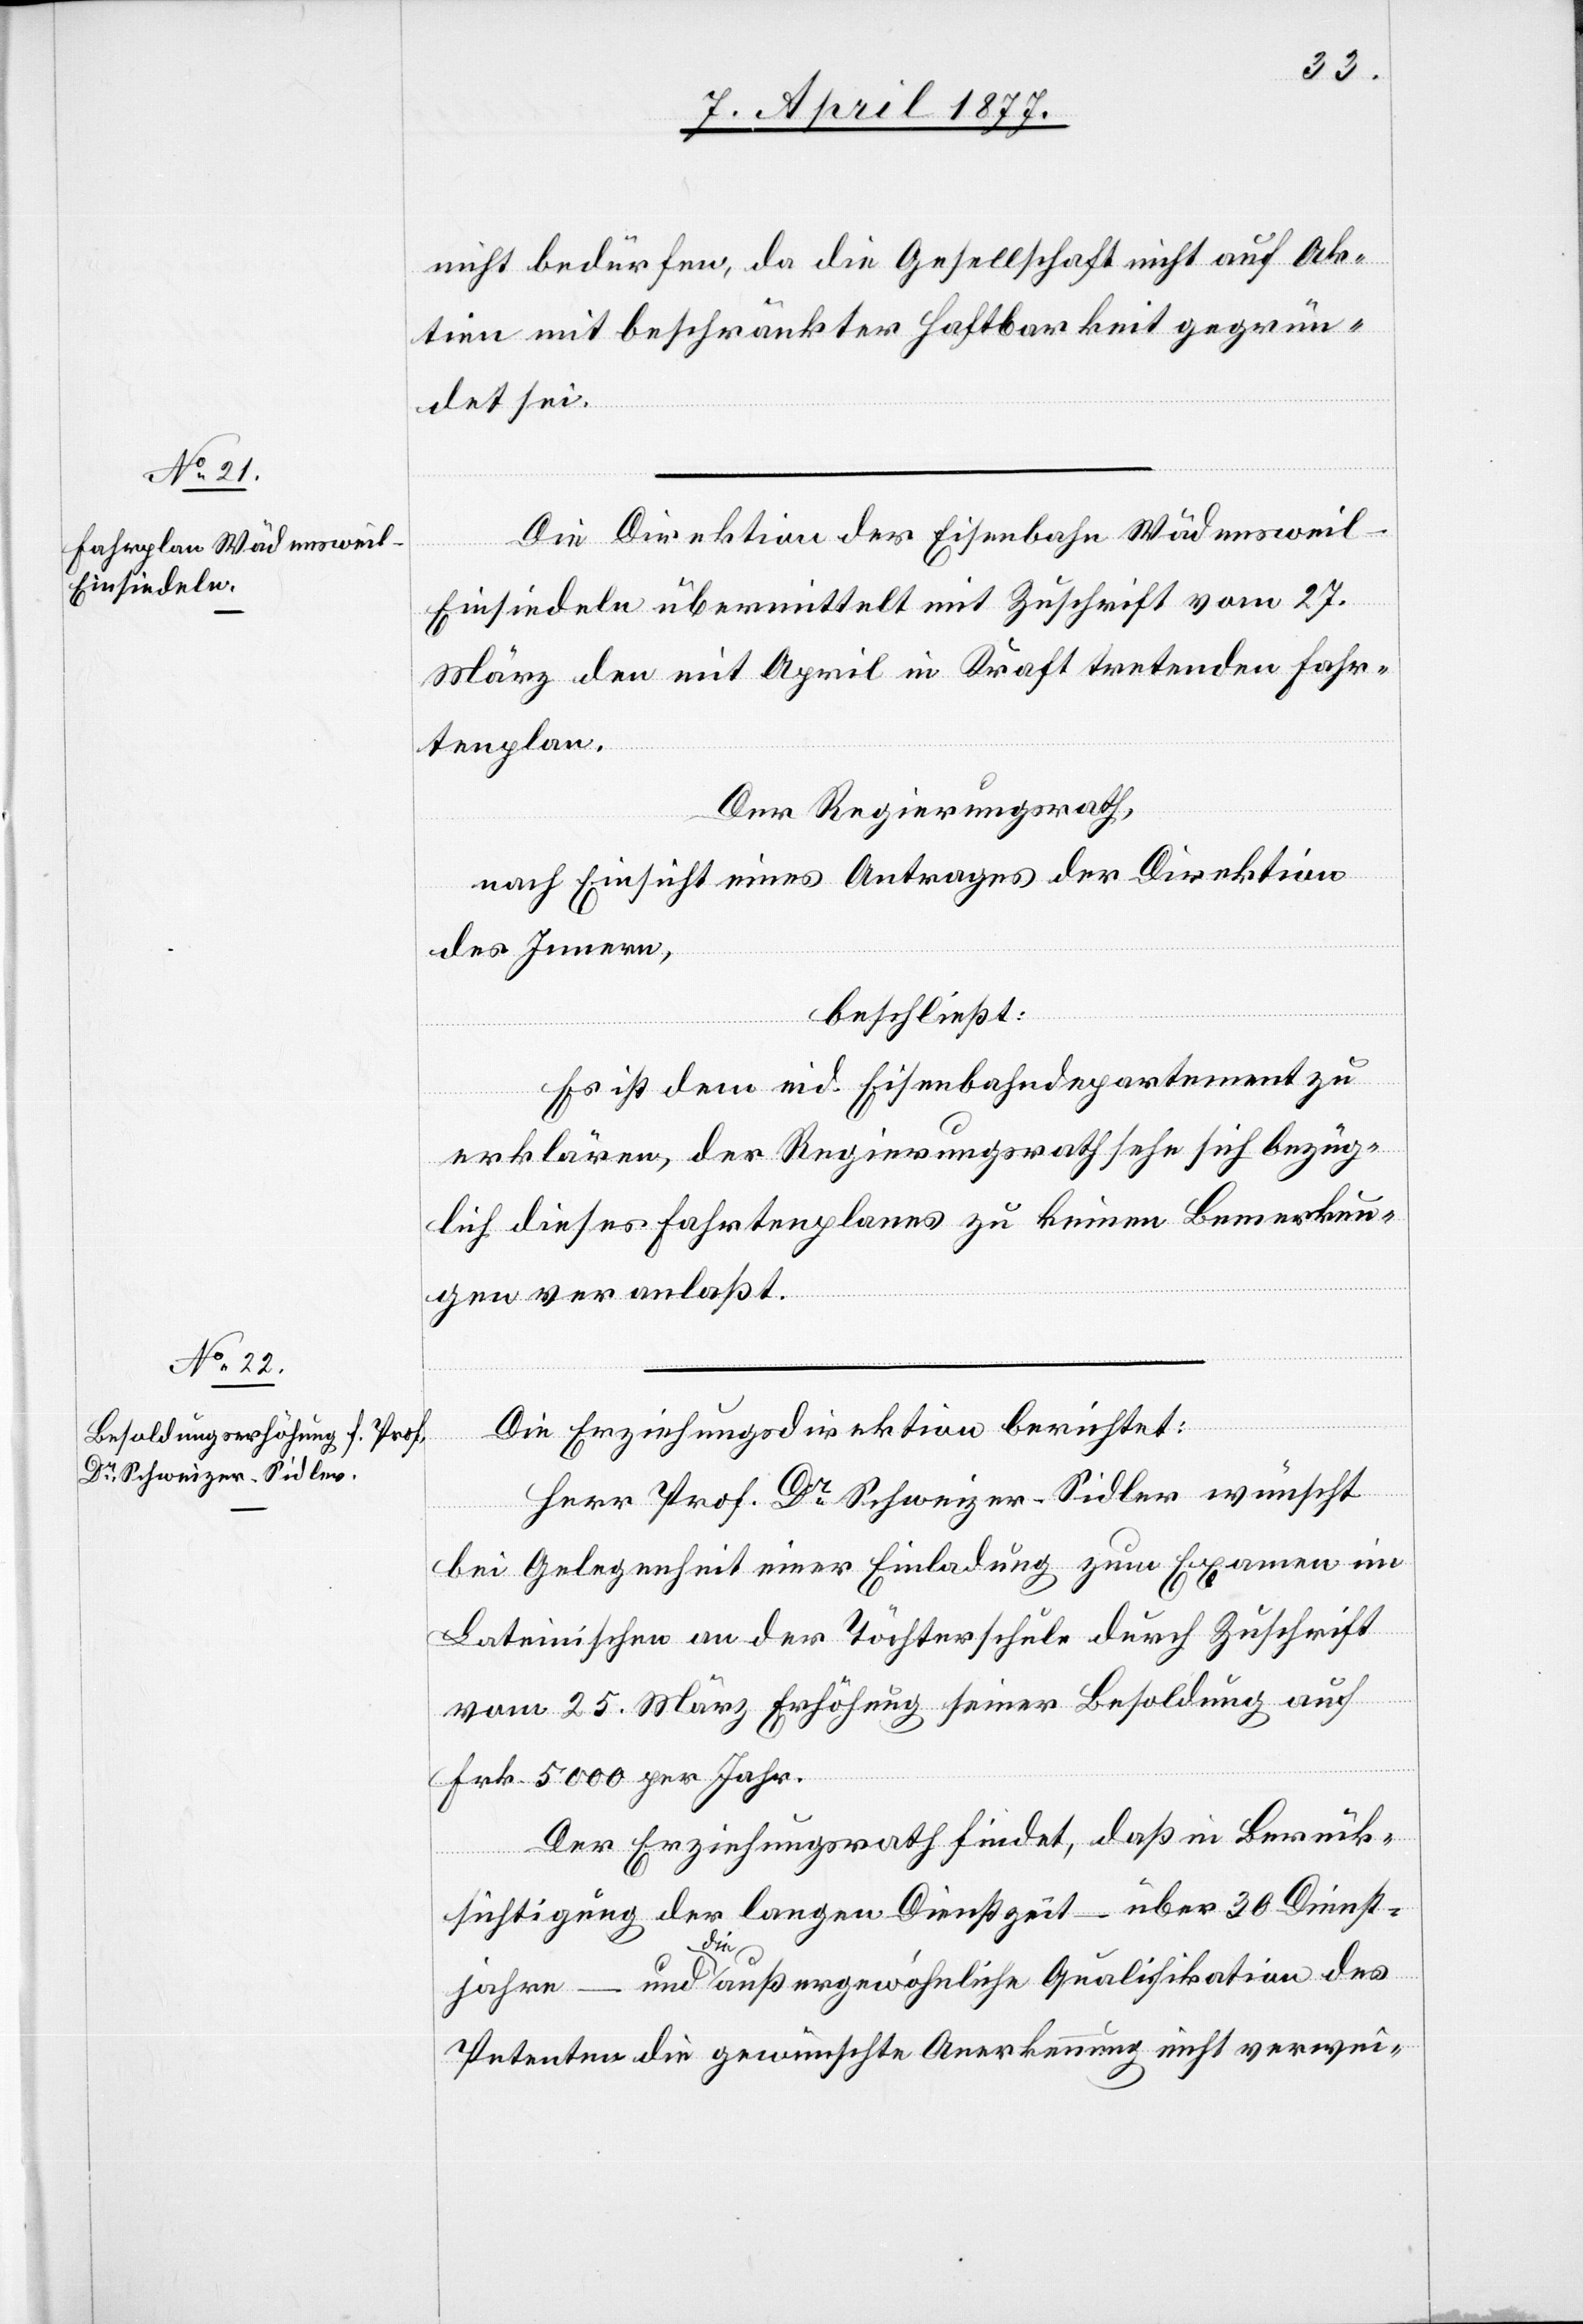
nicht bedürfen, da die Gesellschaft nicht auf Ak¬
tien mit beschränkter Haftbarkeit gegrün¬
det sei.
Die Direktion der Eisenbahn Wädensweil–E¬
insiedeln übermittelt mit Zuschrift vom 27.
März den mit April in Kraft tretenden Fahr¬
tenplan.
Der Regierungsrath,
nach Einsicht eines Antrages der Direktion
des Innern,
beschließt:
Es ist dem eid. Eisenbahndepartement zu
erklären, der Regierungsrath sehe sich bezüg¬
lich dieses Fahrtenplanes zu keinen Bemerkun¬
gen veranlaßt.
Die Erziehungsdirektion berichtet:
Herr Prof. Dr Schweizer-Sidler wünscht
bei Gelegenheit einer Einladung zum Examen im
Lateinischen an der Töchterschule durch Zuschrift
vom 25. März Erhöhung seiner Besoldung auf
Frk. 5000 per Jahr.
Der Erziehungsrath findet, daß in Berück¬
sichtigung der langen Dienstzeit – über 30 Dienst¬
jahre – und die außergewöhnliche Qualifikation des
Petenten die gewünschte Anerkennung nicht verwei-